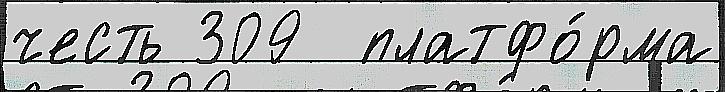
честь 309  платфо́рма